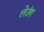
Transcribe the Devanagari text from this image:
लेउंग